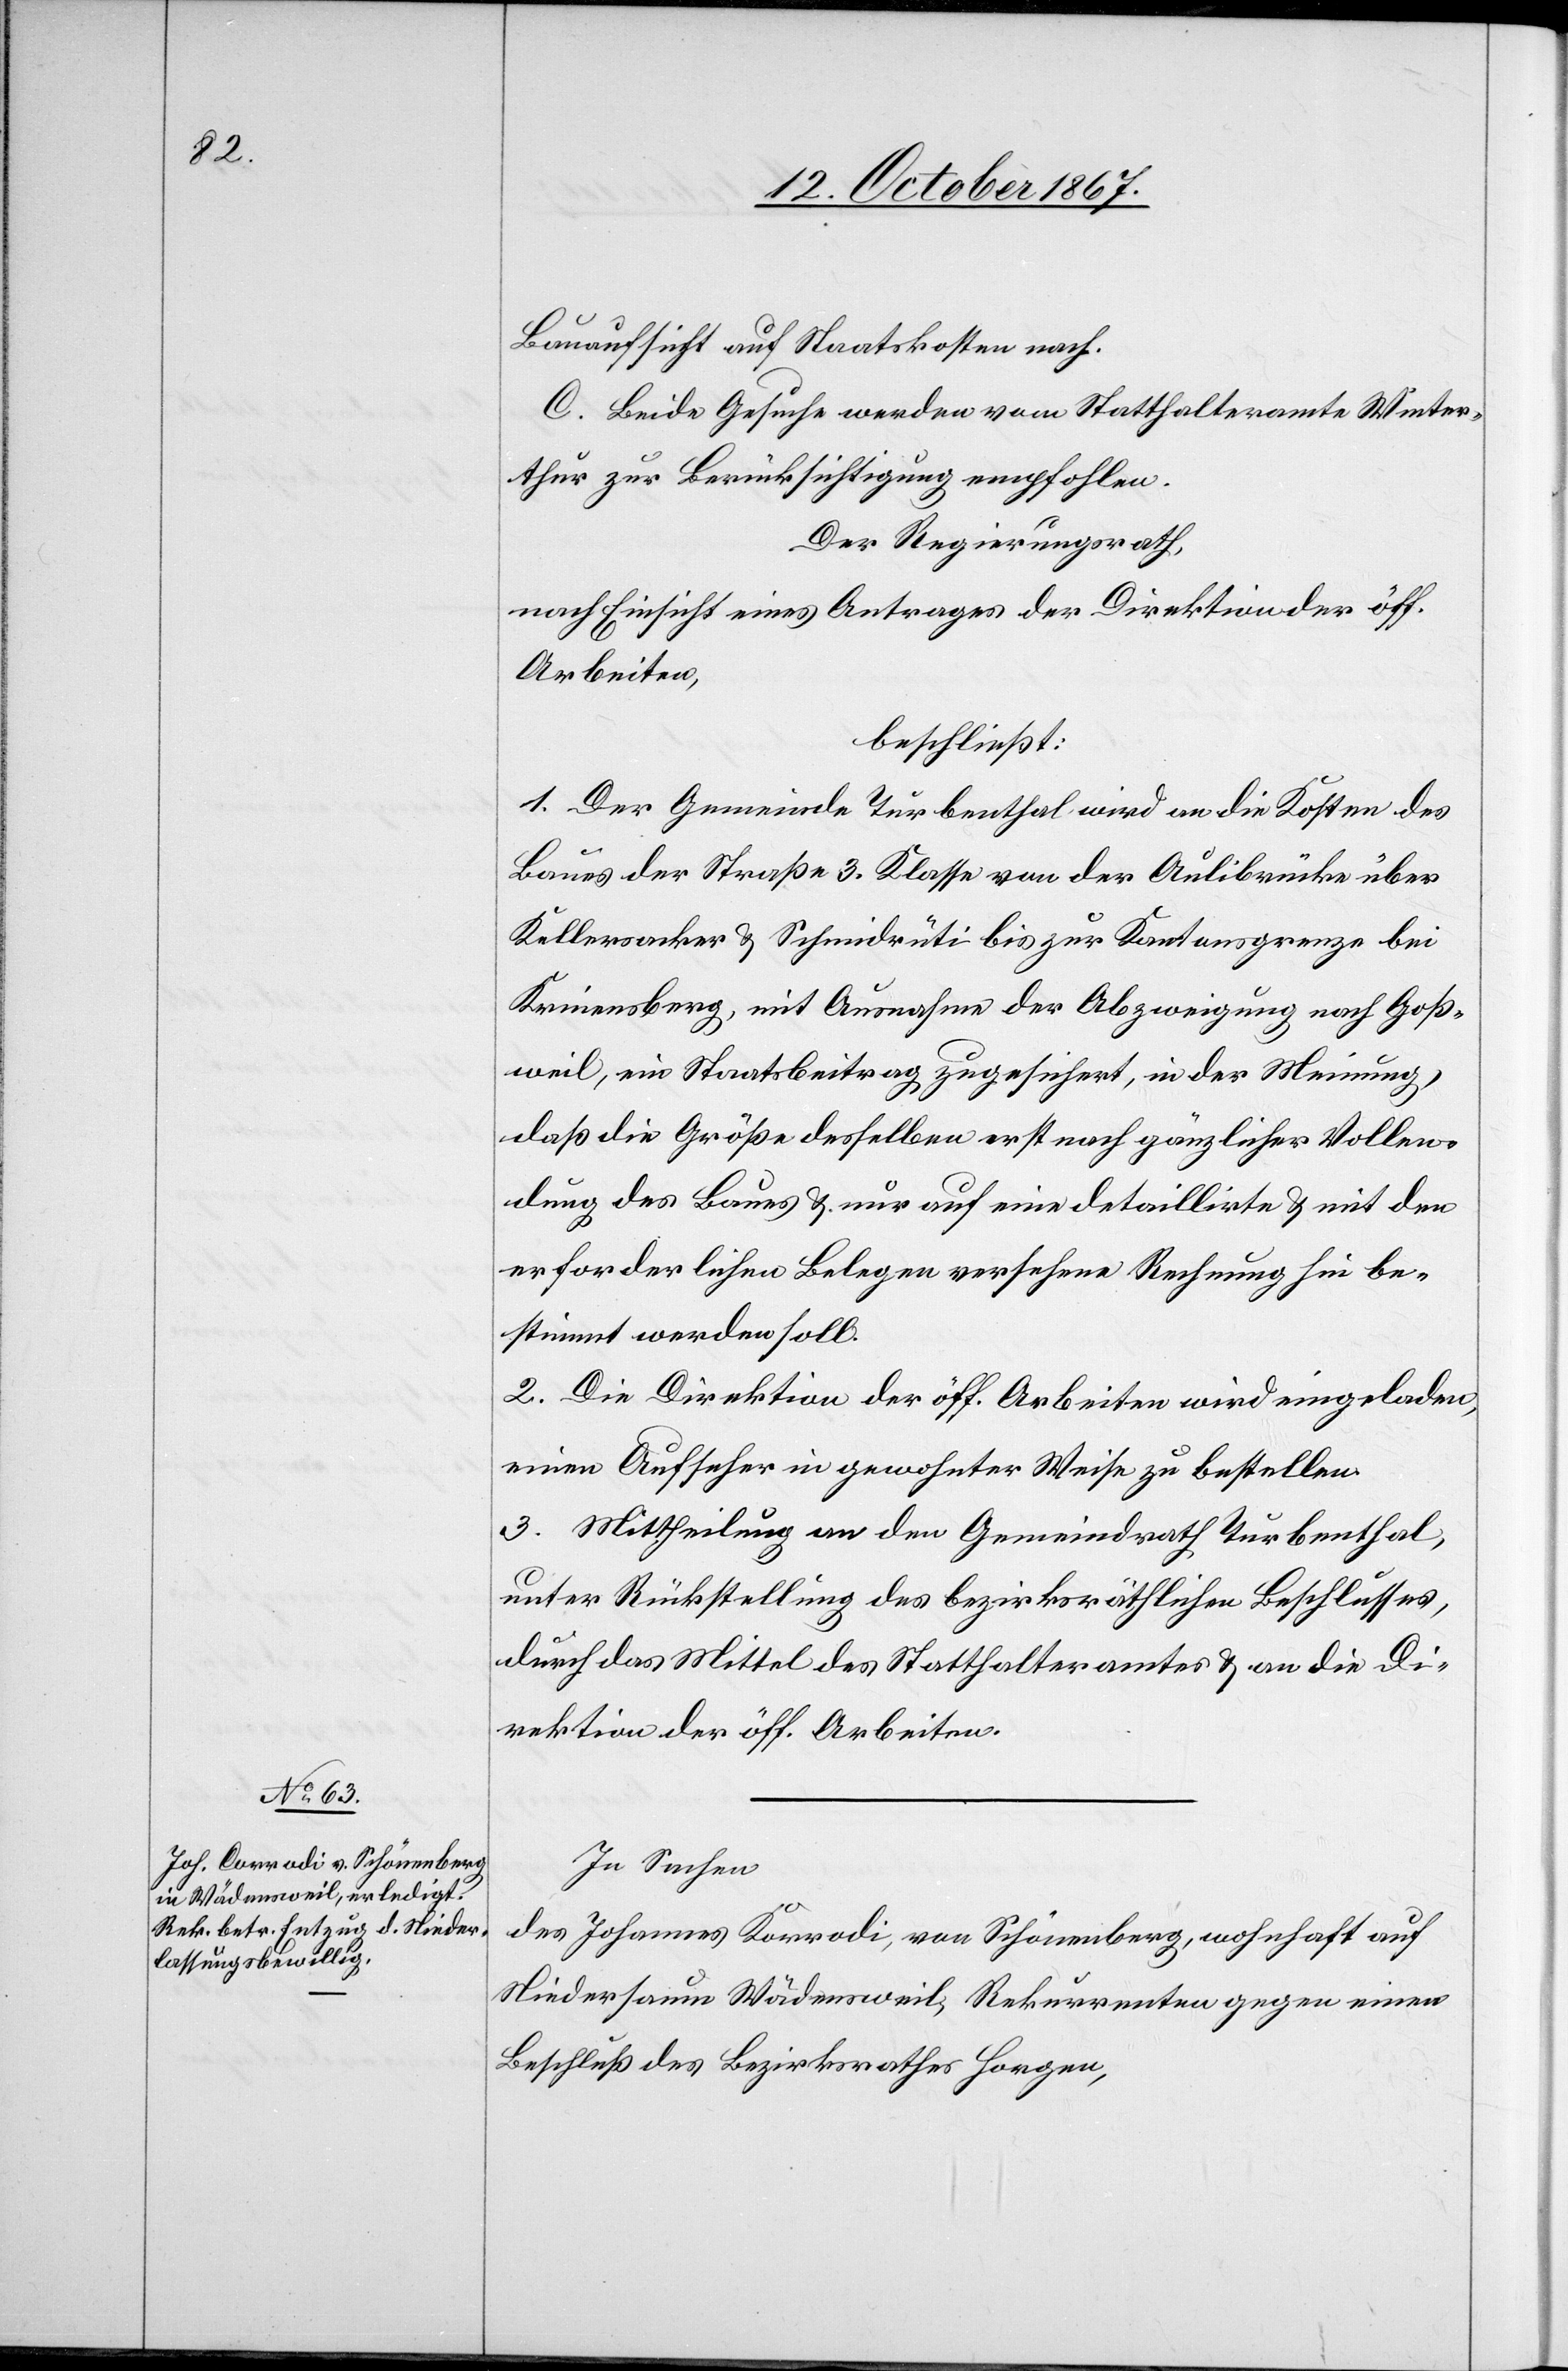
Bauaufsicht auf Staatskosten nach.
C. Beide Gesuche werden vom Statthalteramt Winter¬
thur zur Berücksichtigung empfohlen.
Der Regierungsrath,
nach Einsicht eines Antrages der Direktion der öff.
Arbeiten,
beschließt:
1. Der Gemeinde Turbenthal wird an die Kosten des
Baues der Straße 3. Klasse von der Aulibrücke über
Kelleracker u. Schmidrüti bis zur Kantonsgrenze bei
Krinensberg, mit Ausnahme der Abzweigung nach Groß¬
weil, ein Staatsbeitrag zugesichert, in der Meinung,
daß die Größ desselben erst nach gänzlicher Vollen¬
dung des Baues u. nur auf eine detaillirte u. mit den
erforderlichen Belegen versehene Rechnung hin be¬
stimmt werden soll.
2. Die Direktion der öff. Arbeiten wird eingeladen,
einen Aufseher in gewohnter Weise zu bestellen.
3. Mittheilung an den Gemeindrath Turbenthal,
unter Rückstellung des bezirksräthlichen Beschlusses,
durch das Mittel des Statthalteramtes u. an die Di¬
rektion der öff. Arbeiten.
In Sachen
des Johannes Korrodi [sic!], von Schönenberg, wohnhaft auf
Niedersaum Wädensweil, Rekurrenten gegen einen
Beschluß des Bezirksrathes Horgen,